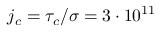
j _ { c } = \tau _ { c } / \sigma = 3 \cdot 1 0 ^ { 1 1 }